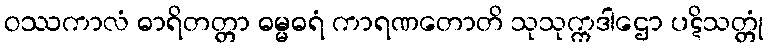
ဝဿကာလံ ဓာရိတတ္တာ ဓမ္မဓရံ ကာရဏတောတိ သုသုက္ကဒါဌော ပဋိသတ္တုံ